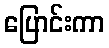
ပြောင်းကာ